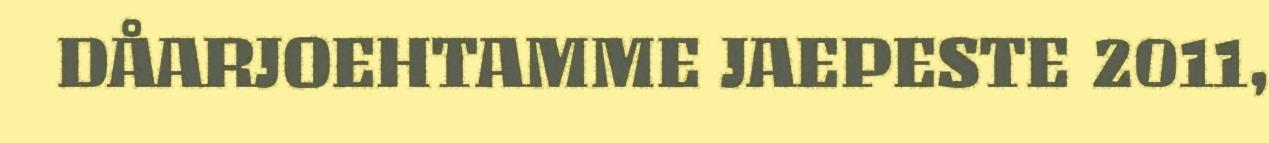
DÅARJOEHTAMME JAEPESTE 2011,